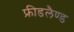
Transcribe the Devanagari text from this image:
फ्रीडलैण्ड